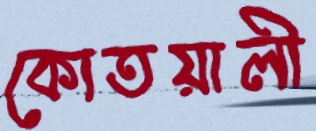
কোতয়ালী